Report of the Hyderabad Chloroform Commission
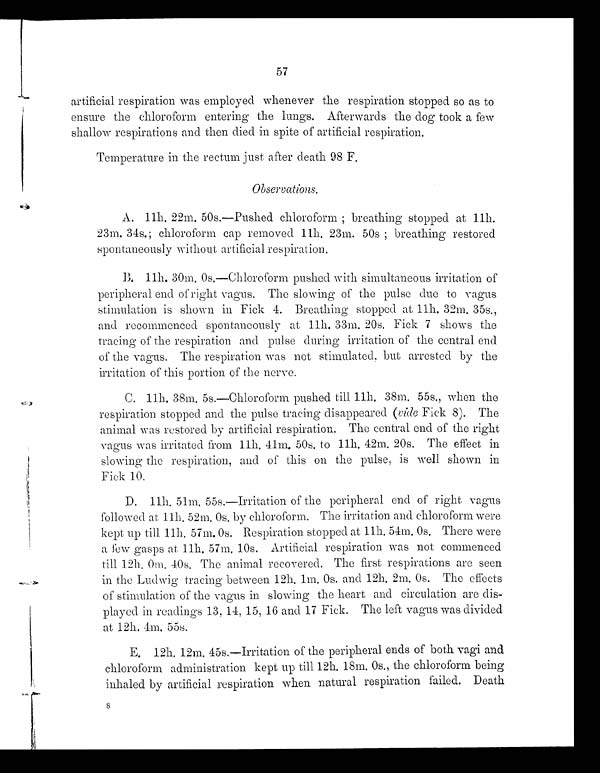
57
artificial respiration was employed whenever the respiration stopped so as to
ensure the chloroform entering the lungs. Afterwards the dog took a few
shallow respirations and then died in spite of artificial respiration.
Temperature in the rectum just after death 98 F,
Observations.
A.
11h.22m. 50s.-Pushed chloroform;breathing stopped at 11h.
23m. 34s.;chloroform cap removed 11h. 23m. 50s;breathing restored
spontaneously without artificial respiration.
B.
11h. 30m, 0s.—Chloroform pushed with simultaneous irritation of
peripheral end of right vagus. The slowing of the pulse due to vagus
stimulation is shown in Fick 4. Breathing stopped at 11h. 32m. 35s,
and recommenced spontaneously at 11h. 33m. 20s. Fick 7 shows the
tracing of the respiration and pulse during irritation of the central end
of the vagus. The respiration was not stimulated, but arrested by the
irritation of this portion of the nerve.
C.
11h. 38m, 5s.—Chloroform pushed till. 11h. 38m. 55s., when the
respiration stopped and the pulse tracing disappeared (vide Fick 8). The
animal was restored by artificial respiration. The central end of the right
vagus was irritated from 11h 41m. 50s. to 11h. 42m. 20s. The effect in
slowing the respiration, and of this on the pulse, is well shown in
Fick 10.
D. 11h. 51m. 55s.-Irritation of the peripheral end of right vagus
followed at 11h, 52m. 0s. by chloroform. The irritation and chloroform were
kept up till 11h. 57m. 0s. Respiration stopped at 11h. 54m. 0s. There were
a few gasps at 11h. 57m, 10s. Artificial respiration was not commenced
till 12h. 0m. 40s. The animal recovered. The first respirations are seen
in the Ludwig tracing between 12h.1m 0s. and 12h. 2m. 0s. The effects
of stimulation of the vagus in. slowing the heart and circulation are dis-
played in readings 13, 14, 15, 16 and 17 Fick. The left vagus was divided
at 12h. 4m. 55s.
E. 12h. 12m. 45s.—Irritation of the peripheral ends of both vagi and.
chloroform administration kept up till 12h. 18m, 0s., the chloroform being
inhaled by artificial respiration when natural respiration failed. Death
F-4
S